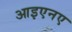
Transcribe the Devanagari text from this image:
आइएनए